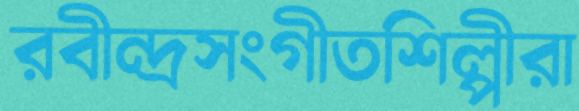
রবীন্দ্রসংগীতশিল্পীরা